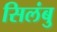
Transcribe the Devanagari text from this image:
सिलंबु